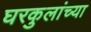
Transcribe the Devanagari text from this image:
घरकुलांच्या